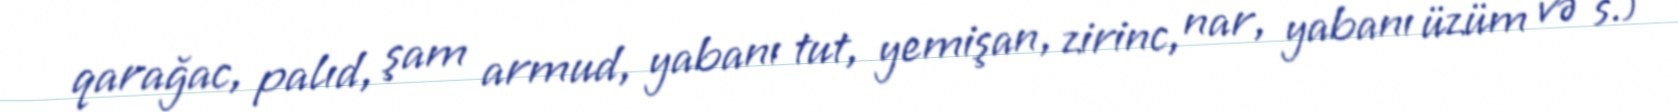
qarağac, palıd, şam armud, yabanı tut, yemişan, zirinc, nar, yabanı üzüm və s.)